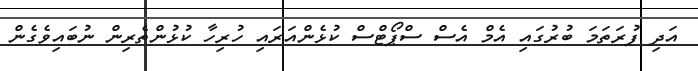
އަދި ފުރަތަމަ ބުރުގައި އެމް އެސް ސްޕޯޓްސް ކުޅެންއަރައި ހުރިހާ ކުޅުންތެރިން ނުބައިވެގެން